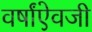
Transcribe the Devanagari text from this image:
वर्षांऐवजी